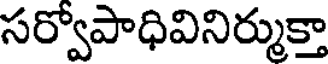
సర్వోపాధివినిర్ముక్తా